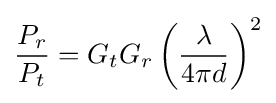
{\frac {P_{r}}{P_{t}}}=G_{t}G_{r}\left({\frac {\lambda }{4\pi d}}\right)^{2}